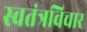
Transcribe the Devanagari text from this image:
स्वतंत्रविचार